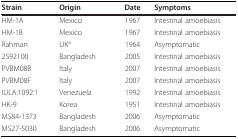
<table><thead><tr><td><b>Strain</b></td><td><b>Origin</b></td><td><b>Date</b></td><td><b>Symptoms</b></td></tr></thead><tbody><tr><td>HM-1A</td><td>Mexico</td><td>1967</td><td>Intestinal amoebiasis</td></tr><tr><td>HM-1B</td><td>Mexico</td><td>1967</td><td>Intestinal amoebiasis</td></tr><tr><td>Rahman</td><td>UK<sup>a</sup></td><td>1964</td><td>Asymptomatic</td></tr><tr><td>2592100</td><td>Bangladesh</td><td>2005</td><td>Intestinal amoebiasis</td></tr><tr><td>PVBM08B</td><td>Italy</td><td>2007</td><td>Intestinal amoebiasis</td></tr><tr><td>PVBM08F</td><td>Italy</td><td>2007</td><td>Intestinal amoebiasis</td></tr><tr><td>IULA:1092:1</td><td>Venezuela</td><td>1992</td><td>Intestinal amoebiasis</td></tr><tr><td>HK-9</td><td>Korea</td><td>1951</td><td>Intestinal amoebiasis</td></tr><tr><td>MS84-1373</td><td>Bangladesh</td><td>2006</td><td>Asymptomatic</td></tr><tr><td>MS27-5030</td><td>Bangladesh</td><td>2006</td><td>Asymptomatic</td></tr></tbody></table>